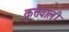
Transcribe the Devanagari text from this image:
कुत्तेवाली